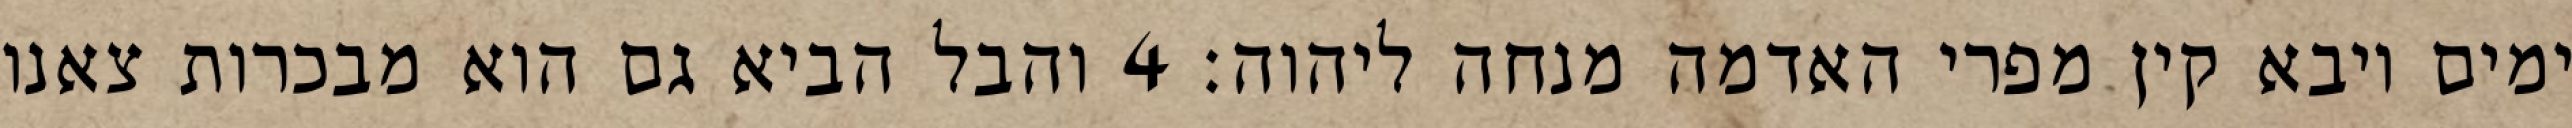
ימים ויבא קין מפרי האדמה מנחה ליהוה׃ ‎4‏ והבל הביא גם הוא מבכרות צאנו